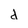
Character: d